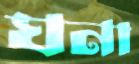
ঘনা